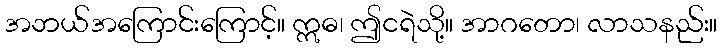
အဘယ်အကြောင်းကြောင့်။ ဣဓ၊ ဤငရဲသို့။ အာဂတော၊ လာသနည်း။